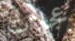
عجلات